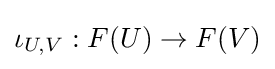
\iota _{U,V}:F(U)\to F(V)